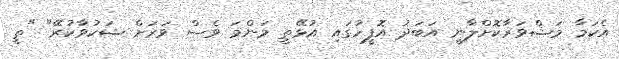
އެކަމާ މަޝްވަރާކޮށްލާނީ އަބަދު އޮފީހުގައި އުޅޭތީ މަންމަ ވެސް ވަރަށް ޝަކުވާކުރޭ" "ތީ